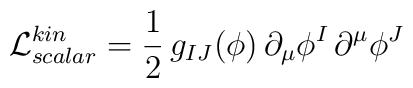
\mathcal{L}_{scalar}^{kin} =\frac{1}{2} \,g_{IJ}(\phi) \, \partial_\mu \phi^I \, \partial^\mu \phi^J